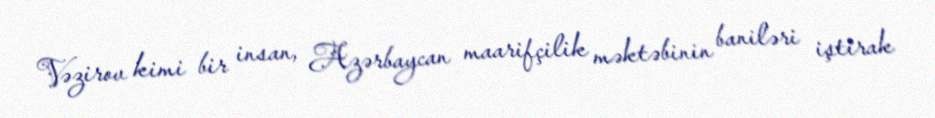
Vəzirov kimi bir insan, Azərbaycan maarifçilik məktəbinin baniləri iştirak